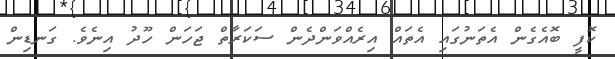
ކޮފީ ބޮއެގެން އެތަނުގައި އެތައް އިރެއްވަންދެން ސަކަރާތް ޖަހަން ހޫދު އިނެވެ. ގަނޑިން